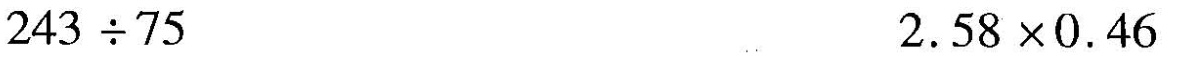
$$2 4 3 \div 7 5$$ $$2 .5 8 \times 0 .4 6$$